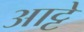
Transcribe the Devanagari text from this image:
आट्टे